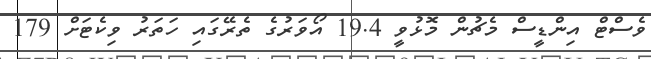
ވެސްޓް އިންޑީސް މެޗުން މޮޅުވީ 19.4 އޯވަރުގެ ތެރޭގައި ހަތަރު ވިކެޓަށް 179